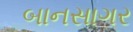
બાનસાગર